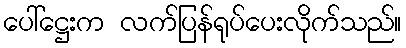
ပေါ်ဋ္ဌေးက လက်ပြန်ရုပ်ပေးလိုက်သည်။